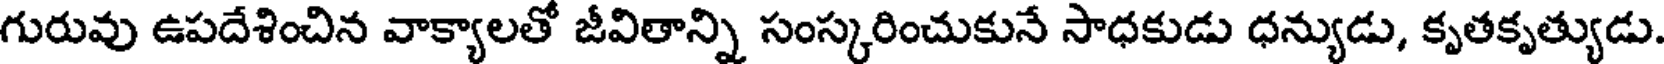
గురువు ఉపదేశించిన వాక్యాలతో జీవితాన్ని సంస్కరించుకునే సాధకుడు ధన్యుడు, కృతకృత్యుడు.